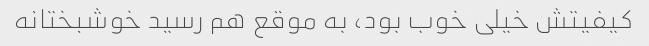
کیفیتش خیلی خوب بود، به موقع هم رسید خوشبختانه